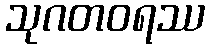
သုဂတဝရဿ